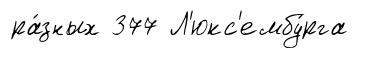
ра́зных 377 Л'юкс'ембу́рга